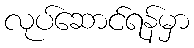
လုပ်ဆောင်ရန်မှာ